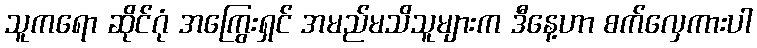
သူကရော ဆိုင်ဂုံ အကြွေးရှင် အမည်မသိသူများက ဒီနေ့ဟာ စက်လှေကားပါ